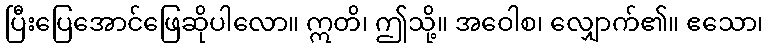
ပြီးပြေအောင်ဖြေဆိုပါလော။ ဣတိ၊ ဤသို့။ အဝေါစ၊ လျှောက်၏။ ဧသော၊